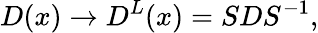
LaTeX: D(x)\rightarrow D^{L}(x)=SDS^{-1},